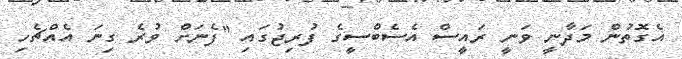
އެގޮތުން މަދާނީ ވަނީ ރައީސް އެސެބްސީގެ ފުރިޖުގައި "ފެނަށް ވުރެ ގިނަ އެއްޗެހި